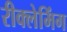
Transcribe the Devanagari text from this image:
रीक्लेमिंग